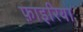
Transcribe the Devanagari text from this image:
फ़ाइरिया